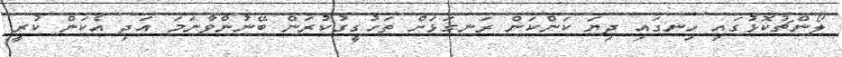
ލޯންޗުކޮޅުގައި ހިނގައި ދިޔަ ކަންކަން ރަނގަޅަށް ތަހުގީގުކުރަން ބޭނުންވާނަމަ އަދި އެކަން ކުރީ